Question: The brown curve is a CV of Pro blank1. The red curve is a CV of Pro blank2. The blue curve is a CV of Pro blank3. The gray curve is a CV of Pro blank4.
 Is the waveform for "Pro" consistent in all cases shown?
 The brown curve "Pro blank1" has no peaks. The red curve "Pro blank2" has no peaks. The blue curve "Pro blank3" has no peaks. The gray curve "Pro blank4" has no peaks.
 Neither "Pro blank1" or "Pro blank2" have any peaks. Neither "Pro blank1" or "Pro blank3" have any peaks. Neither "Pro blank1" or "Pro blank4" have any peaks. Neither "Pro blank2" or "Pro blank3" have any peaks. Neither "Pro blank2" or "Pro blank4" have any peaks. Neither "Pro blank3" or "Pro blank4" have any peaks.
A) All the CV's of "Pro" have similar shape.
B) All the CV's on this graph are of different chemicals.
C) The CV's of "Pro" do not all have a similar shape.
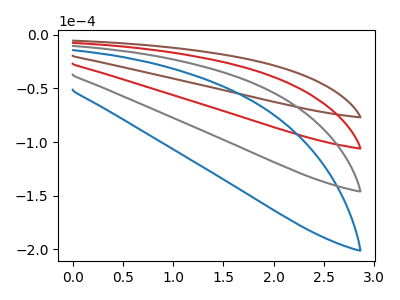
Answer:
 <answer>A) All the CV's of "Pro" have similar shape.</answer>
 <eval>A</eval>